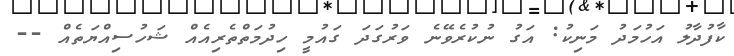
ކާފުދާލު އަހުމަދު މަނިކު: އަގު ނުކުރެވޭނެ ވަރުގަދަ ގައުމީ ހިދުމަތްތެރިއެއް ޝަހުސިއްޔަތެއް --